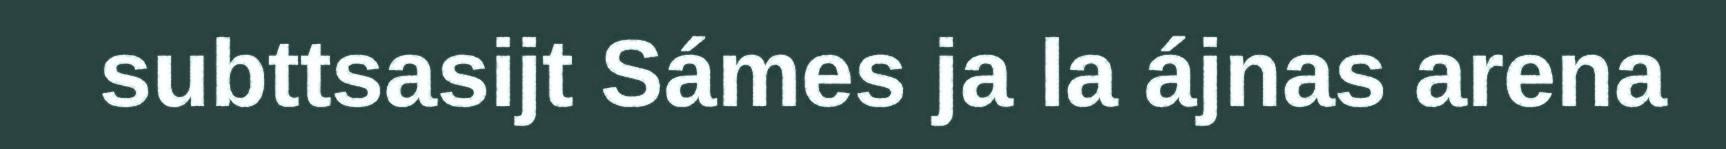
subttsasijt Sámes ja la ájnas arena